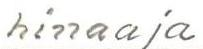
hinaaja